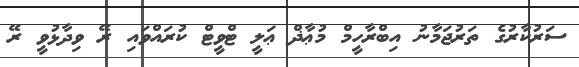
ސަރުކާރުގެ ތަރުޖަމާނު އިބްރާހީމް މުޢާޛް ޢަލީ ޓްވީޓް ކުރައްވައި ރޭ ވިދާޅުވީ ރޭ